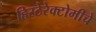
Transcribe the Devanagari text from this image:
हिस्टेरेक्टोमीचे